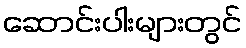
ဆောင်းပါးများတွင်